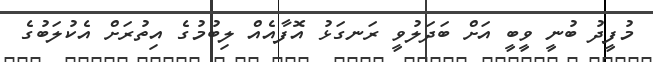
މުފީދު ބުނީ ވީބީ އަށް ބަދަލުވީ ރަނގަޅު އޮފާއެއް ލިބުމުގެ އިތުރަށް އެކުލަބުގެ